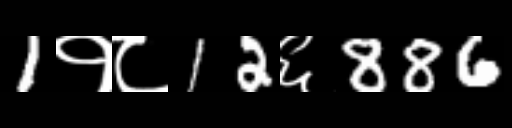
Text: 1१८12६886